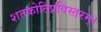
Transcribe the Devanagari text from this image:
शतकोटिप्रविस्तरम्‌।